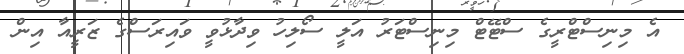
އެ މިނިސްޓްރީގެ ސްޓޭޓް މިނިސްޓަރު އަލީ ސޯލިހު ވިދާޅުވީ ވައިރަސްގެ ޒަރީއާ އިން